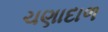
ચણાદાળ